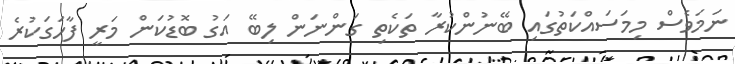
ނަމަވެސް މިމަސައްކަތުގައި ބޭނުންކުރާ ތަކެތި ގަންނަން ލިބޭ އަގު ބޮޑުކަން މަރީ ފާހަގަކުރެ